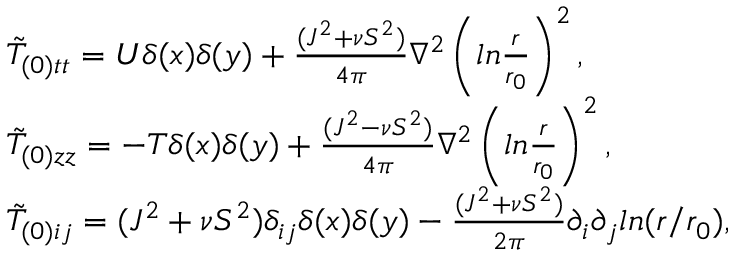
\begin{array} { l l } { { \tilde { T } _ { ( 0 ) t t } = U \delta ( x ) \delta ( y ) + \frac { ( J ^ { 2 } + \nu S ^ { 2 } ) } { 4 \pi } \nabla ^ { 2 } \left( l n \frac { r } { r _ { 0 } } \right) ^ { 2 } , } } \\ { { \tilde { T } _ { ( 0 ) z z } = - T \delta ( x ) \delta ( y ) + \frac { ( J ^ { 2 } - \nu S ^ { 2 } ) } { 4 \pi } \nabla ^ { 2 } \left( l n \frac { r } { r _ { 0 } } \right) ^ { 2 } , } } \\ { { \tilde { T } _ { ( 0 ) i j } = ( J ^ { 2 } + \nu S ^ { 2 } ) \delta _ { i j } \delta ( x ) \delta ( y ) - \frac { ( J ^ { 2 } + \nu S ^ { 2 } ) } { 2 \pi } \partial _ { i } \partial _ { j } l n ( r / r _ { 0 } ) , } } \end{array}